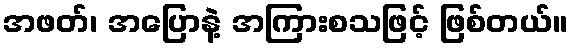
အဖတ်၊ အပြောနဲ့ အကြားစသဖြင့် ဖြစ်တယ်။